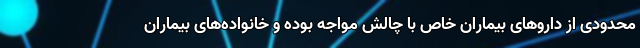
محدودی از داروهای بیماران خاص با چالش مواجه بوده و خانواده‌های بیماران